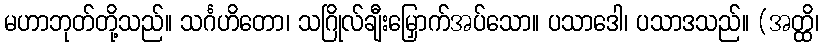
မဟာဘုတ်တို့သည်။ သင်္ဂဟိတော၊ သဂြိုလ်ချီးမြှောက်အပ်သော။ ပသာဒေါ၊ ပသာဒသည်။ (အတ္ထိ၊